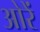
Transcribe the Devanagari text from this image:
ओरें